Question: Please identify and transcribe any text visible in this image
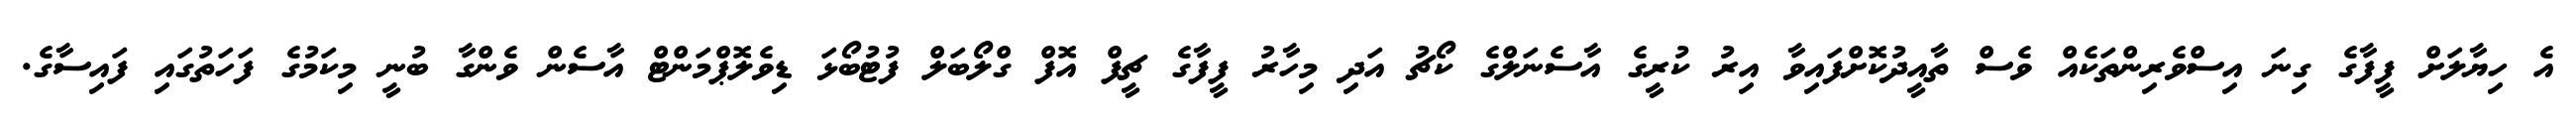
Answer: އެ ހިޔާލަށް ފީފާގެ ގިނަ އިސްވެރިންތަކެއް ވެސް ތާއީދުކޮށްފައިވާ އިރު ކުރީގެ އާސެނަލްގެ ކޯޗު އަދި މިހާރު ފީފާގެ ޗީފް އޮފް ގްލޯބަލް ފުޓުބޯޅަ ޑިވެލޮޕްމަންޓް އާސެން ވެންގާ ބުނީ މިކަމުގެ ފަހަތުގައި ފައިސާގެ.